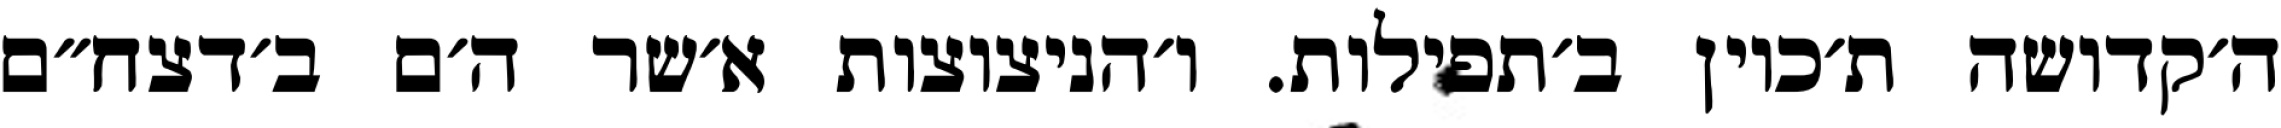
ה׳קדושה ת׳כוין ב׳תפילות. ו׳הניצוצות א׳שר ה׳ם ב׳דצח״ם